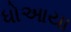
ધોઆયા